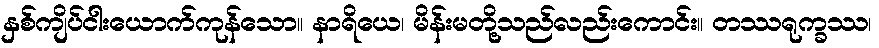
နှစ်ကျိပ်ငါးယောက်ကုန်သော။ နာရိယေ၊ မိန်းမတို့သည်လည်းကောင်း။ တဿရုက္ခဿ၊